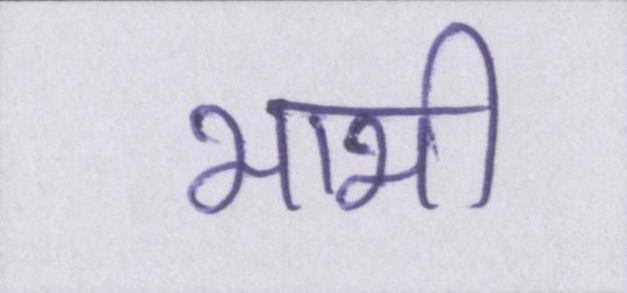
भाभी